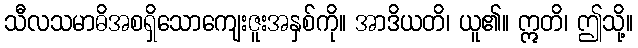
သီလသမာဓိအစရှိသောကျေးဇူးအနှစ်ကို။ အာဒိယတိ၊ ယူ၏။ ဣတိ၊ ဤသို့။